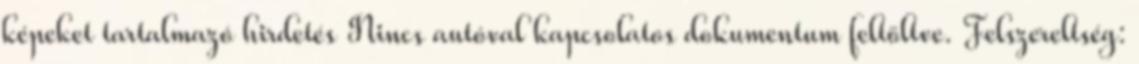
képeket tartalmazó hirdetés Nincs autóval kapcsolatos dokumentum feltöltve. Felszereltség: